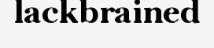
lackbrained